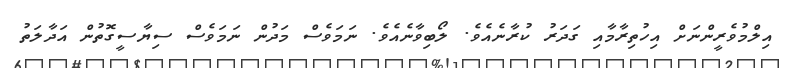
އިލްމުވެރީންނަށް އިހުތިރާމާއި ގަދަރު ކުރާނެއެވެ. ލޯބިވާނެއެވެ. ނަމަވެސް މަދުން ނަމަވެސް ސިޔާސީގޮތުން އަދާލަތު